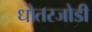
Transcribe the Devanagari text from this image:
धोतरजोडी